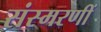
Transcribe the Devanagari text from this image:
संस्मरणीं